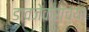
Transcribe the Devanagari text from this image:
डावजेकरांच्या